[Report on the health of British troops in the Madras command]
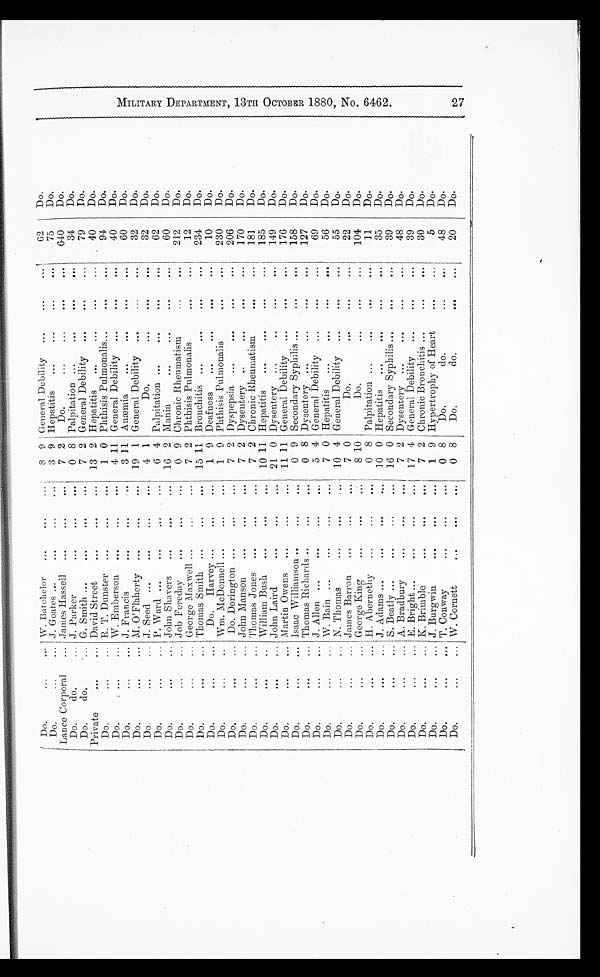
Do.
...
... W. Batchelor
...
...
...
8 9 General Debility
...
...
...
62
Do. MILITARY DEPARTMENT, 13TH OCTOBER 1880, NO. 6462. 27
Do.
. . .
... J. Goates ...
... ...
...
3 9 Hepatitis
...
...
...
....
75
Do.
Lance Corporal
... James Hassell
...
...
...
7 2
Do.
...
...
...
...
640
Do.
Do.
do.
... J. Parker
...
...
...
0 8 Palpitation ...
. . .
...
... 34
Do.
Do.
do.
... G. Smith ...
...
...
...
7 2 General Debility
...
...
...
79
Do.
Private
...
... David Street
...
...
...
13 2 Hepatitis
...
. . .
...
...
40
Do.
Do.
...
... R. T. Dunster ...
...
...
1 0 Phthisis Pulmonalis...
...
...
94
Do.
Do.
...
... W. Emberson ...
...
...
4 11 General Debility ...
...
...
40
Do.
Do.
...
... J. Francis
...
...
...
3 11 Anæmia
...
. . .
...
...
60
Do.
Do.
...
... M. O'Flaherty ...
...
...
19 1 General Debility ...
...
...
32
Do.
Do.
...
... J. Seed ...
...
...
...
4 1
Do.
. .
...
...
32
Do.
Do.
...
... P. Ward ...
...
...
...
6 4 Palpitation ...
...
...
...
62
Do.
Do.
...
... John Shavers
...
...
...
16 2 Mania
...
. . .
...
...
60
Do.
Do.
...
... Job Fereday
...
...
...
0 9 Chronic Rheumatism
...
...
212
Do.
Do.
...
... George Maxwell ...
...
...
7 2 Phthisis Pulmonalis.
...
...
12
Do.
Do.
...
... Thomas Smith ...
...
...
15 11 Bronchitis ...
...
...
...
234
Do.
Do.
...
...
Do.
Harvey ...
...
...
1 9 Deafness
...
. . .
...
...
10
Do.
Do.
...
... Wm. McDonnell ...
...
...
1 9 Phthisis Pulmonalis
...
...
230
Do.
Do.
...
... Do. Dorington ...
...
...
7 2 Dyspepsia ...
...
...
...
206
Do.
Do.
...
... John Manson
...
...
...
7 2 Dysentery ..
...
...
...
170
Do.
Do.
...
... Thomas Jones ...
...
...
7 2 Chronic Rheumatism
...
...
181
Do.
Do.
...
... William Bush ...
...
...
10 11 Hepatitis
...
...
...
...
185
Do.
Do.
...
... John Laird
...
...
...
21 0 Dysentery ...
. . ...
...
149
Do.
Do.
...
... Martin Owens ...
...
...
11 11 General Debility
...
...
...
176
Do.
Do.
...
... Isaac Williamson ...
...
...
0 9 Secondary Syphilis ..
...
...
158
Do.
Do.
... ...
Thomas Richards... ...
...
...
0 8 Dysentery ...
...
...
...
127
Do.
Do.
...
... J. Allen ...
...
...
...
5 4 General Debility ...
...
...
69
Do.
Do.
...
... W. Bain ...
...
...
...
7 0 Hepatitis
...
. .
...
...
56
Do.
Do.
...
... N. Thomas
...
...
...
10 4 General Debility
...
...
...
55
Do.
Do.
...
... James Barron
...
...
...
7 0
Do.
...
... ...
22
Do.
Do.
...
... George King
...
... ...
8 10
Do.
...
...
...
104
Do.
Do.
...
... H. Abernethy ...
...
...
0 8 Palpitation ...
. . .
...
...
11
Do.
Do.
...
... J. Adams ...
...
...
...
10 0 Hepatitis
...
...
...
...
35
Do.
Do.
...
... S. Beatly ...
...
...
...
16 0 Secondary Syphilis ...
...
...
39
Do.
Do.
...
... A. Bradbury
... ...
...
7 2 Dysentery ...
...
...
...
48
Do.
Do.
... ...
E. Bright ...
...
...
...
17 4 General Debility
...
...
...
39
Do.
Do.
...
... K. Brimble
...
...
...
7 2 Chronic Bronchitis ...
...
...
30
Do.
Do.
...
... J. Burgwin
...
...
...
1 9 Hypertrophy of Heart
...
...
5
Do.
Do.
...
... T. Conway
...
...
...
0 8
Do.
do.
...
...
48
Do.
Do.
...
... W. Cornett
...
...
...
0 8 Do.
do.
...
...
20
Do.